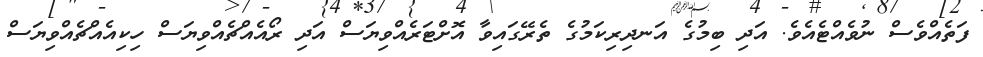
ފަތެއްވެސް ނުވެއްޓެއެވެ. އަދި ބިމުގެ އަނދިރިކަމުގެ ތެރޭގައިވާ އޮށްޓަރެއްވިޔަސް އަދި ރޯއެއްޗެއްވިޔަސް ހިކިއެއްޗެއްވިޔަސް